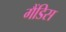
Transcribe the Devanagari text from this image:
गैंडिस